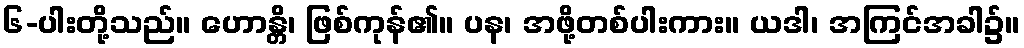
၆-ပါးတို့သည်။ ဟောန္တိ၊ ဖြစ်ကုန်၏။ ပန၊ အဖို့တစ်ပါးကား။ ယဒါ၊ အကြင်အခါ၌။